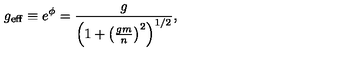
g _ { \mathrm { e f f } } \equiv e ^ { \phi } = \frac { g } { \left( 1 + \left( \frac { g m } { n } \right) ^ { 2 } \right) ^ { 1 / 2 } } ,